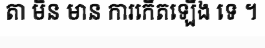
តា មិន មាន ការកើតឡើង ទេ ។